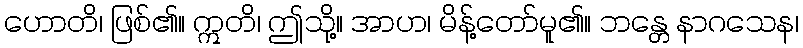
ဟောတိ၊ ဖြစ်၏။ ဣတိ၊ ဤသို့။ အာဟ၊ မိန့်တော်မူ၏။ ဘန္တေ နာဂသေန၊